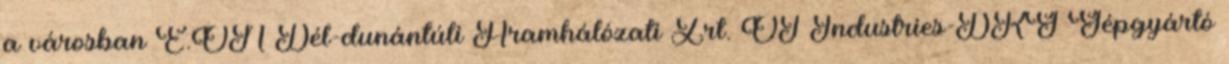
a városban E.ON Dél-dunántúli Áramhálózati Zrt. OT Industries-DKG Gépgyártó